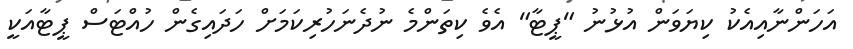
އަހަންނާއިއެކު ކިޔަވަން އުޅުނު "ޕީޓާ" އެވެ ކިތަންމެ ނުދެނަހުރިކަމަށް ހަދައިގެން ހުއްޓަސް ޕީޓާއަކީ